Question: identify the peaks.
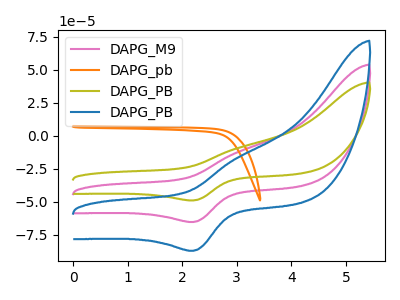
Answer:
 <answer>The pink curve "DAPG_M9" has an anodic peak at (3.00V, -12.35uA) and a cathodic peak at (2.20V, -65.20uA). The orange curve "DAPG_pb" has no peaks. The olive curve "DAPG_PB" has an anodic peak at (3.00V, -9.25uA) and a cathodic peak at (2.20V, -48.90uA). The blue curve "DAPG_PB" has an anodic peak at (3.00V, -24.65uA) and a cathodic peak at (2.20V, -130.35uA).</answer>
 <eval></eval>